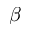
\beta